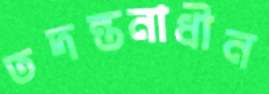
তদন্তনাধীন